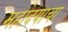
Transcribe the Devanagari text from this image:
महोदयाचा